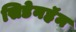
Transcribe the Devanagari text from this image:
सिडेनहॅम